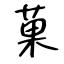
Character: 菓